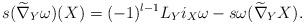
LaTeX: \begin{align*}s(\widetilde{\nabla}_Y\omega)(X)&=(-1)^{l-1}L_Yi_X\omega-s\omega(\widetilde{\nabla}_YX).\end{align*}